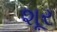
શૂર